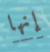
إنها